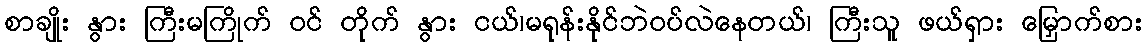
စာချိုး နွား ကြီးမကြိုက် ဝင် တိုက် နွား ငယ်၊မရုန်းနိုင်ဘဲဝပ်လဲနေတယ်၊ ကြီးသူ ဖယ်ရှား မြှောက်စား